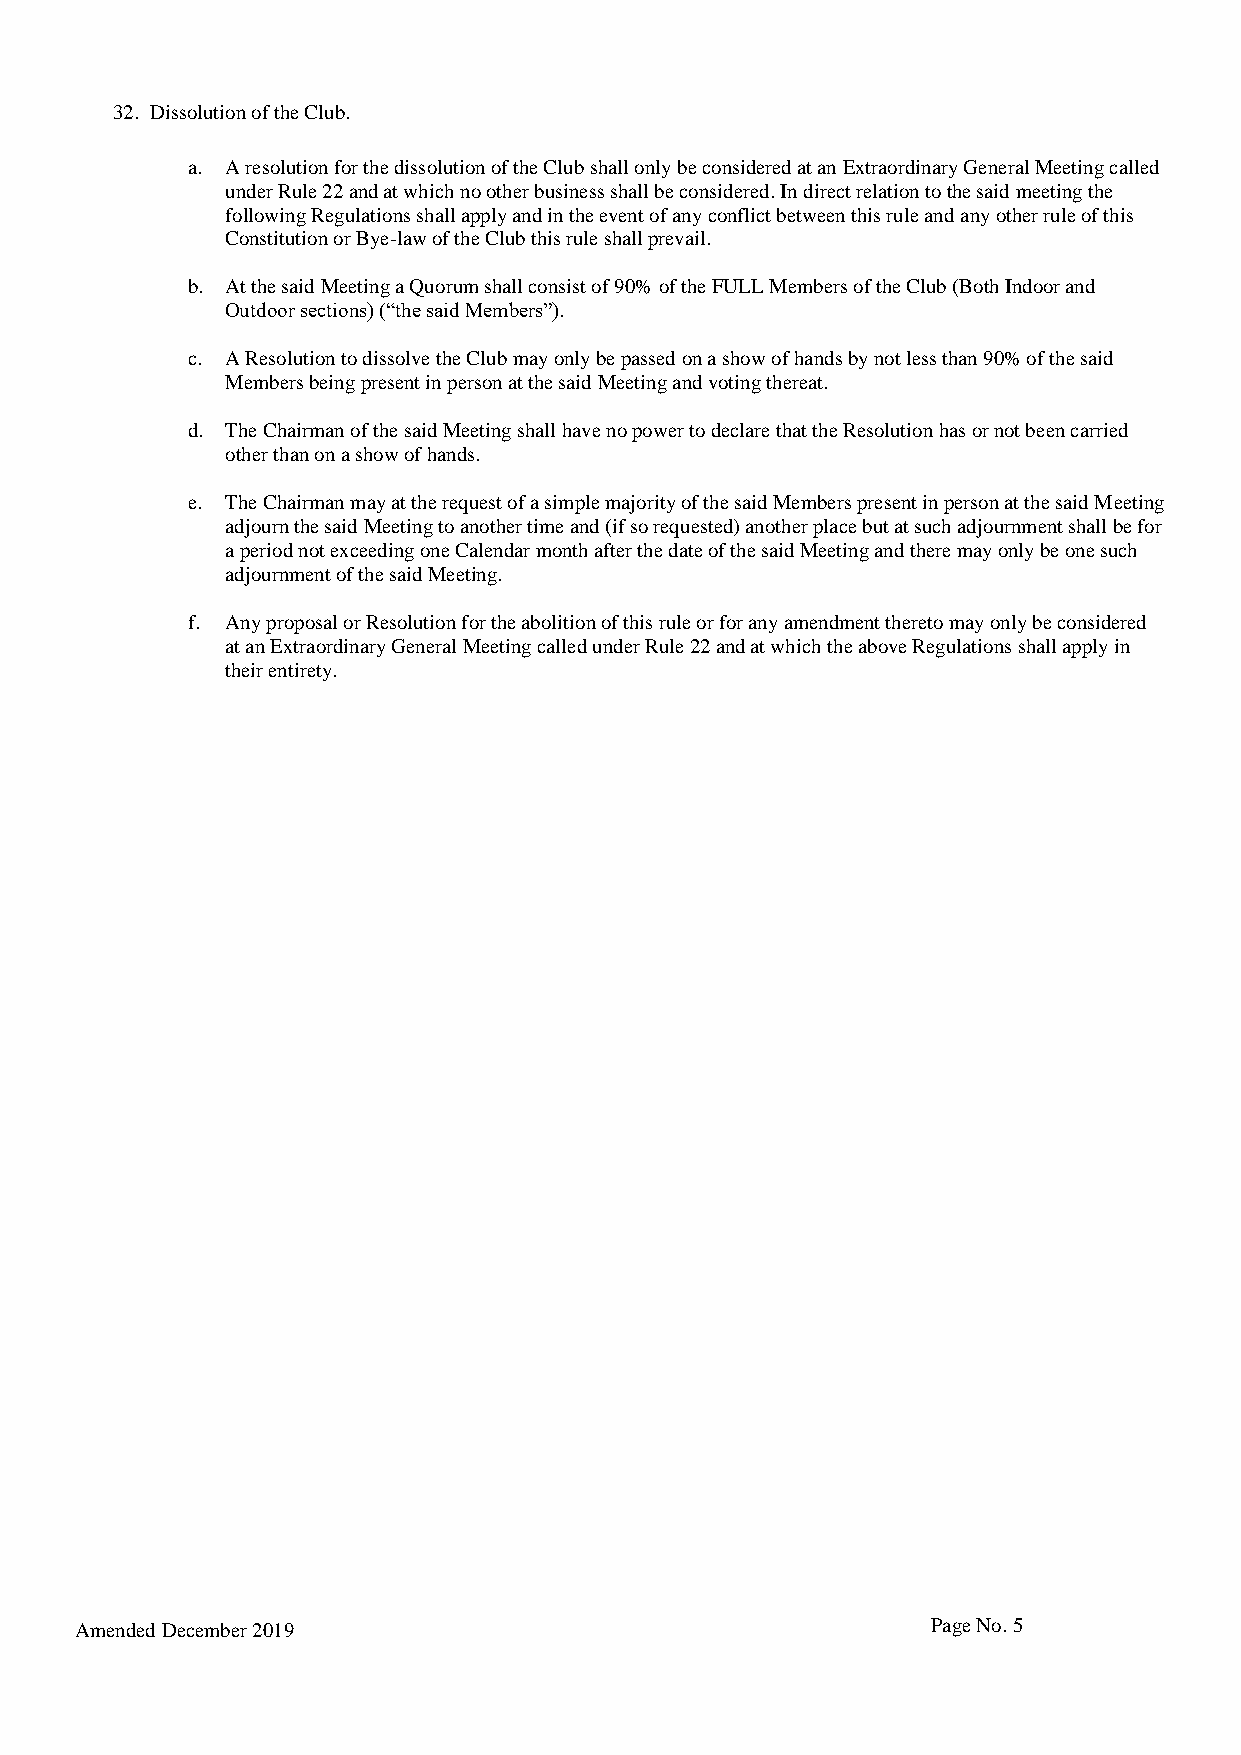
32. Dissolution of the Club.
 a. A resolution for the dissolution of the Club shall only be considered at an Extraordinary General Meeting called
 under Rule 22 and at which no other business shall be considered. In direct relation to the said meeting the
 following Regulations shall apply and in the event of any conflict between this rule and any other rule of this
 Constitution or Bye-law of the Club this rule shall prevail.
 b. At the said Meeting a Quorum shall consist of 90% of the FULL Members of the Club (Both Indoor and
 Outdoor sections) (“the said Members”).
 c. A Resolution to dissolve the Club may only be passed on a show of hands by not less than 90% of the said
 Members being present in person at the said Meeting and voting thereat.
 d. The Chairman of the said Meeting shall have no power to declare that the Resolution has or not been carried
 other than on a show of hands.
 e. The Chairman may at the request of a simple majority of the said Members present in person at the said Meeting
 adjourn the said Meeting to another time and (if so requested) another place but at such adjournment shall be for
 a period not exceeding one Calendar month after the date of the said Meeting and there may only be one such
 adjournment of the said Meeting.
 f. Any proposal or Resolution for the abolition of this rule or for any amendment thereto may only be considered
 at an Extraordinary General Meeting called under Rule 22 and at which the above Regulations shall apply in
 their entirety.
 Amended December 2019                                    Page No. 5